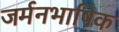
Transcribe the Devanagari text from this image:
जर्मनभाषिक